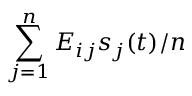
\sum _ { j = 1 } ^ { n } E _ { i j } s _ { j } ( t ) / n